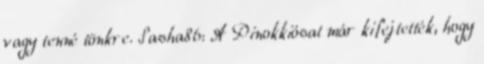
vagy tenné tönkre. Sasha86: A Pinokkiósat már kifejtették, hogy